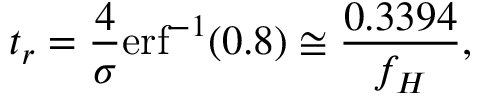
t _ { r } = { \frac { 4 } { \sigma } } { \mathrm { e r f } ^ { - 1 } ( 0 . 8 ) } \cong { \frac { 0 . 3 3 9 4 } { f _ { H } } } ,